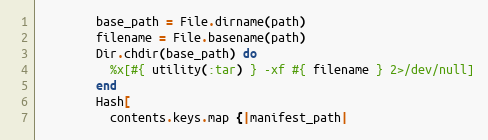
Language: Ruby
        base_path = File.dirname(path)
        filename = File.basename(path)
        Dir.chdir(base_path) do
          %x[#{ utility(:tar) } -xf #{ filename } 2>/dev/null]
        end
        Hash[
          contents.keys.map {|manifest_path|